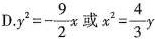
C.$$y ^ { 2 } = - \frac { 9 } { 2 } x$$或$$x ^ { 2 } = \frac { 4 } { 3 } y$$